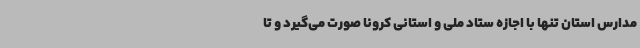
مدارس استان تنها با اجازه ستاد ملی و استانی کرونا صورت می‌گیرد و تا